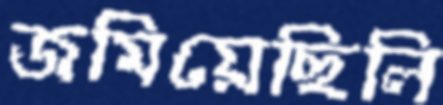
জমিয়েছিলি